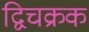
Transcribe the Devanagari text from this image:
द्विचक्रक